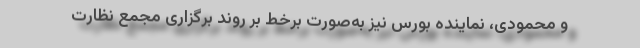
و محمودی، نماینده بورس نیز به‌صورت برخط بر روند برگزاری مجمع نظارت